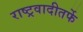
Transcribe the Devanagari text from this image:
राष्ट्रवादीतर्फे